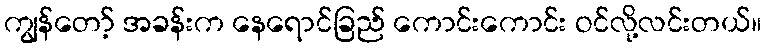
ကျွန်တော့် အခန်းက နေရောင်ခြည် ကောင်းကောင်း ဝင်လို့လင်းတယ်။